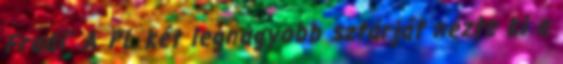
Fradi” A PL két legnagyobb sztárját nézte ki a